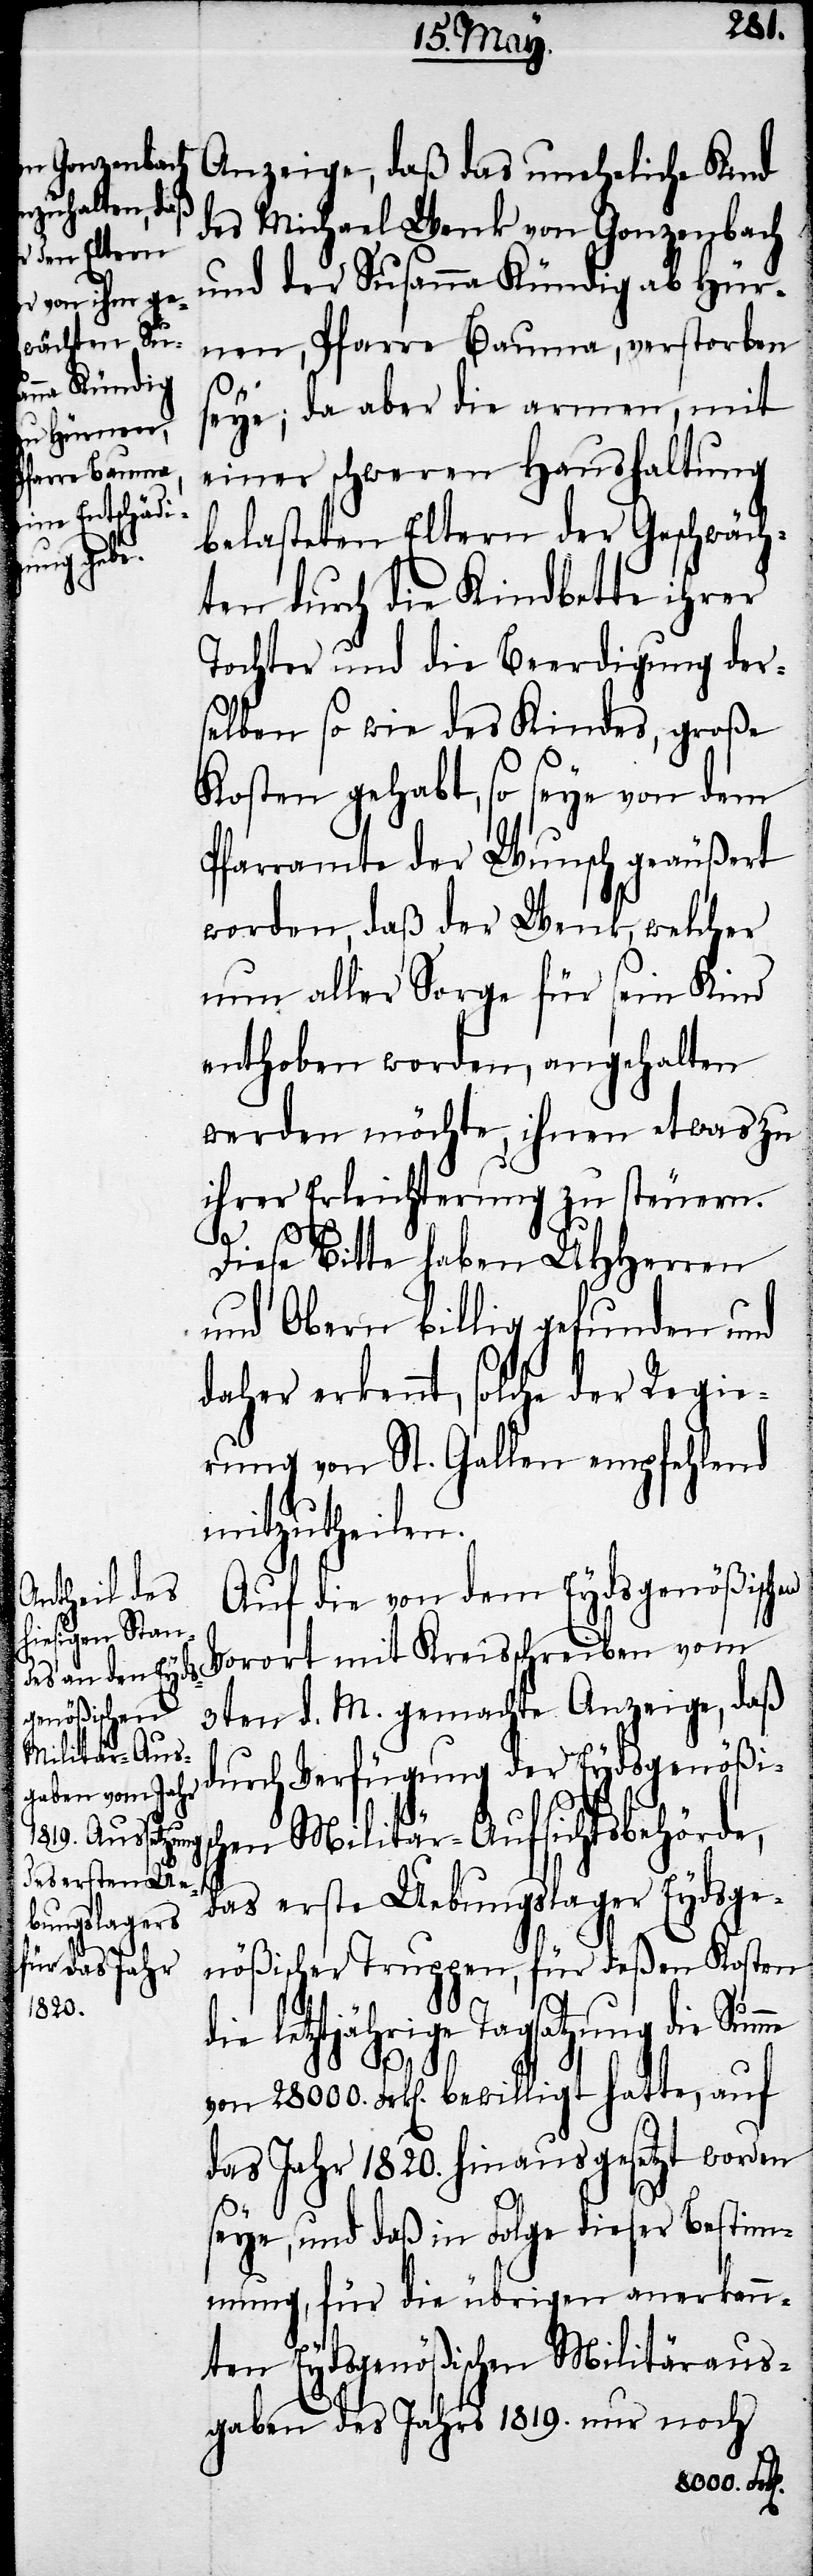
Anzeige, daß das uneheliche Kind
des Michael Wenk von Gonzenbach
und der Susanna Kündig ab Hür¬
nen, Pfarre Bauma, verstorben
seye; da aber die armen, mit
einer schweren Haushaltung
belasteten Eltern der Geschwäch¬
ten durch die Kindbette ihrer
Tochter und die Beerdigung der¬
selben so wie des Kindes, große
Kosten gehabt, so seye von dem
Pfarramte der Wunsch geäußert
worden, daß der Wenk, welcher
nun aller Sorge für sein Kinde
enthoben worden, angehalten
werden möchte, ihnen etwas zu
ihrer Erleichterung zu steuern.
Diese Bitte haben UHHerren
und Obern billig gefunden und
daher erkennt, solche der Regie¬
rung von St. Gallen empfehlend
mitzutheilen.
Auf die von dem Eydsgenößischen
Vorort mit Kreisschreiben vom
3ten d. M. gemachte Anzeige, daß
durch Verfügung der Eydsgenößisc¬
hen Militär-Aufsichtsbehörde,
das erste Uebungslager Eydsge¬
nößischer Truppen, für deßen Kosten
die letztjährige Tagsatzung die Summe
von 28000. Frk[en]. bewilligt hatte, auf
das Jahr 1820. hinausgesetzt worden
seye, und daß in Folge dieser Bestim¬
mung, für die übrigen anerkann¬
ten Eydsgenößischen Militäraus¬
gaben des Jahrs 1819. nur noch